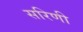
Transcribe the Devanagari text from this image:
सरिणी